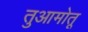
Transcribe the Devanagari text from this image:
तुआमोतू